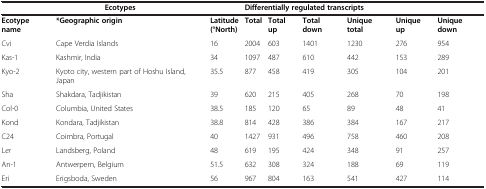
| <COLSPAN=3> Ecotypes | <COLSPAN=6> Differentially regulated transcripts |
 | --- | --- | --- | --- | --- | --- | --- | --- | --- |
 | Ecotype name | *Geographic origin | Latitude (°North) | Total | Total up | Total down | Unique total | Unique up | Unique down |
 | Cvi | Cape Verdia Islands | 16 | 2004 | 603 | 1401 | 1230 | 276 | 954 |
 | Kas-1 | Kashmir, India | 34 | 1097 | 487 | 610 | 442 | 153 | 289 |
 | Kyo-2 | Kyoto city, western part of Hoshu Island, Japan | 35.5 | 877 | 458 | 419 | 305 | 104 | 201 |
 | Sha | Shakdara, Tadjikistan | 39 | 620 | 215 | 405 | 268 | 70 | 198 |
 | Col-0 | Columbia, United States | 38.5 | 185 | 120 | 65 | 89 | 48 | 41 |
 | Kond | Kondara, Tadjikistan | 38.8 | 814 | 428 | 386 | 384 | 167 | 217 |
 | C24 | Coimbra, Portugal | 40 | 1427 | 931 | 496 | 758 | 460 | 208 |
 | Ler | Landsberg, Poland | 48 | 619 | 195 | 424 | 348 | 91 | 257 |
 | An-1 | Antwerpern, Belgium | 51.5 | 632 | 308 | 324 | 188 | 69 | 119 |
 | Eri | Erigsboda, Sweden | 56 | 967 | 804 | 163 | 541 | 427 | 114 |